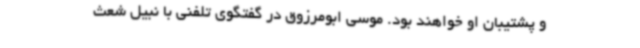
و پشتیبان او خواهند بود. موسی ابومرزوق در گفتگوی تلفنی با نبیل شعث